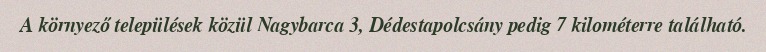
A környező települések közül Nagybarca 3, Dédestapolcsány pedig 7 kilométerre található.